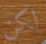
لكن